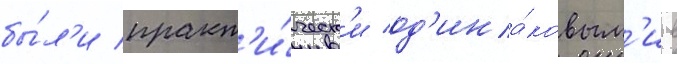
бы́л'и практ'и́ческ'и од'ина́ковым'и. в